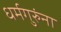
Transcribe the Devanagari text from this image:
धर्मगुरुंना